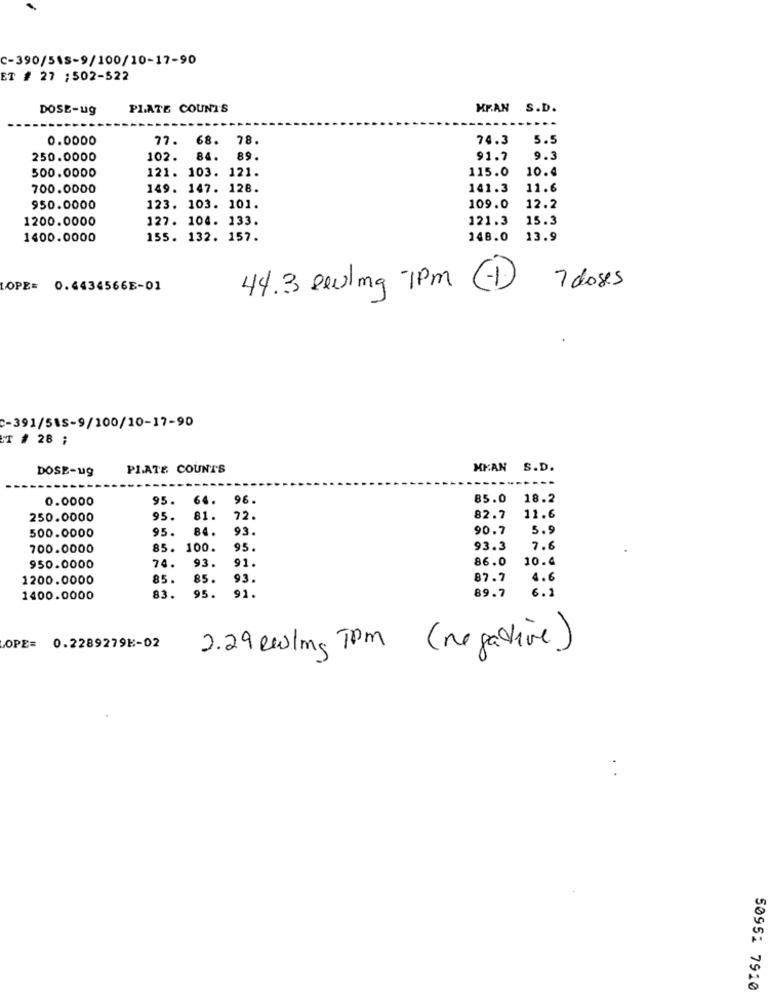
C-390/515-9/100/10-17-90
ET # 27 ;502-522
DOSE-ug
PLATE COUNT'S
MEAN S.D.
0.0000
77.
68. 78.
74.3
5.5
250.0000
102.
84.
89.
91.7
9.
500.0000
121. 103. 121.
115.0
10.4
700.0000
149. 147. 128.
141.3
11.6
950.0000
123. 103. 101.
109.0
12.2
1200.0000
127. 104. 133.
121.3
15.3
1400.0000
155. 132. 157.
148.0
13.9
7 doses
LOPE= 0.4434566E-01
44.3 seulmg -7pm
C-391/585-9/100/10-17-90
T # 28 ;
DOSE-ug
PLATE COUNT'S
MKAN S.D.
0.0000
95.
64.
96.
85.0 18.2
250.0000
95.
81.
72.
82.7
11.6
500.0000
95.
84.
93.
90.7
5.9
700.0000
85.
100.
95.
93.3
7.6
74.
93.
91
86.0
10.4
950.0000
1200.0000
85.
85.
93.
87.7
4.6
91.
89.7
6.2
1400.0000
83.
95.
OPE= 0.2289279E-02
2.29 Reling Tom (negative)
50951 7910